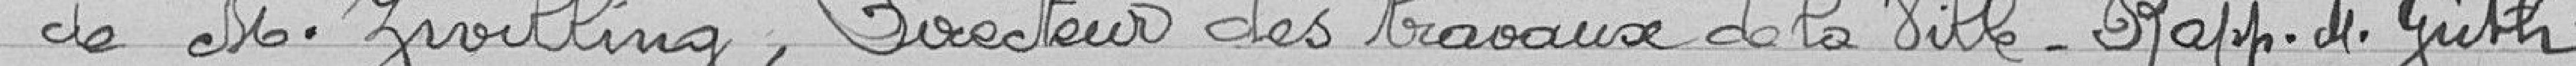
de monsieur Zwilling, directeur des travaux de la ville - rapporteur monsieur Guth